Lock hospitals Punjab
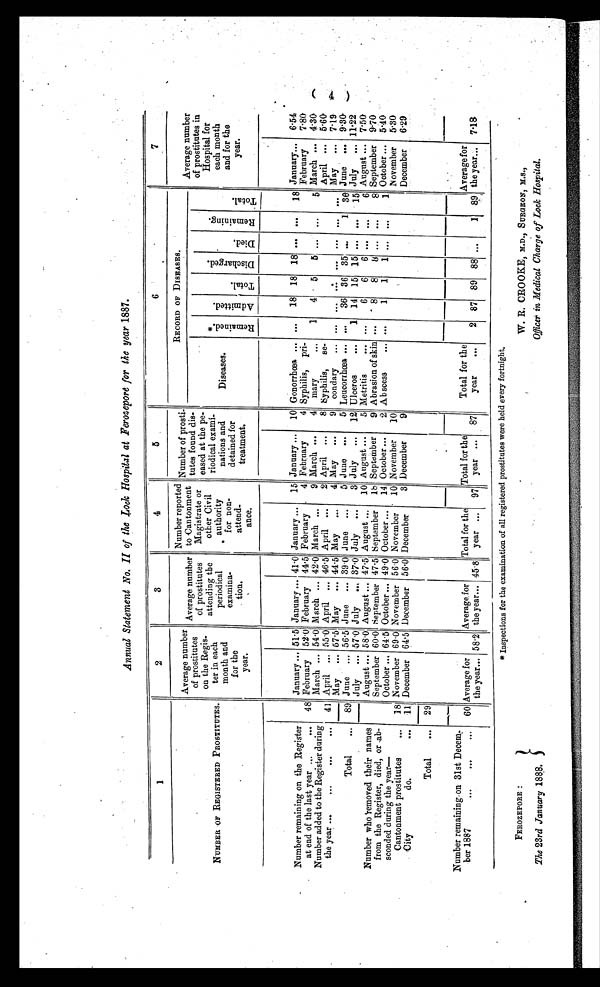
FEROZEPORE :
The 23rd January 1888.
W. R. CROOKE, M.D., SURGEON, M.S.,
Officer in Medical Charge of Lock Hospital.
Annual Statement No. II of the Look Hospital at Ferozepore for the year 1887.
1
2
3
4
5
6
7
NUMBER OF REGISTERED PROSTITUTES.
Average number
of prostitutes
on the Regis-
ter in each
month and
for the
year.
Average number
of prostitutes
attending the
periodical
examina-
tion.
Number reported
to antonment
Magistrate or
other Civil
authority
for non-
attend-
ance.
Number of prosti-
tutee found dis-
eased at the pe
g
riodical exami-
nations and
detained for
treatment.
RECORD OF DISEASES.
Average number
of prostitutes in
Hospital for
each month
and for the
year.
Diseases.
* R e m a i n e d .
A d m i t t e d .
T o t a l .
D i s c h a r g e d .
Di ed.
R e m a i n i n g .
T o t a l .
Number remaining on the Register
at end of the last year ...
...
48
January
51.5 January
41.0 January
15 January
10 Gonorrhœa
...
18 18 18 ... ...
1 8 January
6.54
February
52.0 February 44.5 February
4 February
4 Syphilis, pri-
February
7.80
Number added to the Register during
the year ...
...
...
. . . 41
March
54.0 March
42.0 March
9 March
4 mary
. . .
1
4
5
5 ... ...
5 March
4.30
April
55.0 April
46.5 April
2 April ...
8 Syphilis,
se-
April
5 . 6 0
Total
. . . 89
May
57.5 May
44.5 May
4 May
...
9 condary
... ... ...
. . .
... ... ...
. . .
May
...
7 . 1 9
June
56.5 June
39.0 June
5 J une
5 Leucorrhœa ... ...
36 36 35 . . .
1 36 June
9 . 3 0
Number who removed their names
from the Register, died, or ab-
sconded during the year-
Cantonment prostitutes
...
18
July
57.0 July
37.0 July
3 July
1 2 Ulceros
...
1 14 15 15 ...
. . .
15 July
1 1 . 2 2
August
58.0 August
47.5 August
1 0
A u g u s t
5
M e t r i t i s . . .
. . . 6
6
6 ... ...
6 August
7 . 5 0
September 60.0 September 47.5 September
1 8 September
9 Abrasion of skin ...
8
8
8 ... ...
8 September
9 . 7 0
October
64.5 October
49.0 October
14
O c t o b e r
2
A b s c e s s . . .
1
1
1
. . .
. . .
1
O c t o b e r
5 . 4 0
November 69.0 November 56.0 November
10 November
10
November
5.30
City
do.
...
11 December 64.5 December 56.0 December
3 December
9
December
6.29
Total
...
29
Number remaining on 31st Decem-
ber 1887...
...
. . .
60 Average for
the year... 58.2
Average for
theyear... 45.8
Total for the
year ...
97
Total for the
year ...
87
Total for the
year
. . .
2 87 89 88 ...
1 89
Average for
the year...
.
7.18
* Inspections for the examination of all registered prostitutes were held every fortnight.
(4)